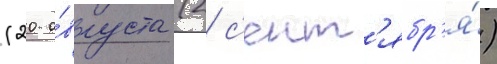
(20 а́вгуста (2 с'ент'ябр'я́)